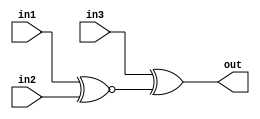
module top_module (
    input in1,
    input in2,
    input in3,
    output out);
    
    wire in12;
    
    assign in12 = in1 ~^ in2;
    assign out = in3 ^ in12;

endmodule